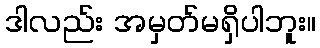
ဒါလည်း အမှတ်မရှိပါဘူး။